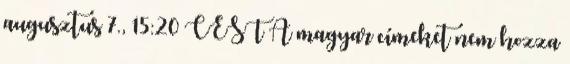
augusztus 7., 15:20 CEST A magyar címeket nem hozza